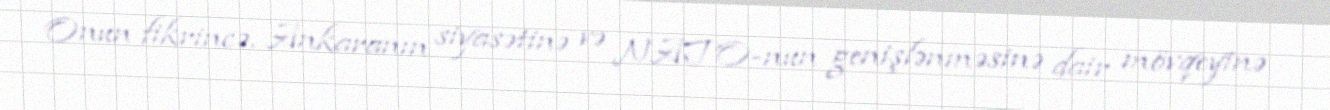
Onun fikrincə, Ankaranın siyasətinə və NATO-nun genişlənməsinə dair mövqeyinə